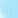
انه